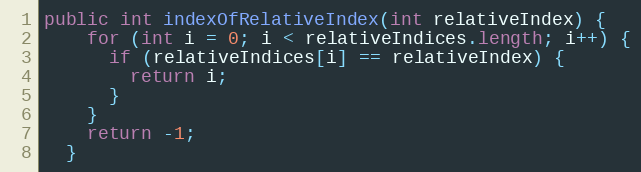
Language: Java
public int indexOfRelativeIndex(int relativeIndex) {
    for (int i = 0; i < relativeIndices.length; i++) {
      if (relativeIndices[i] == relativeIndex) {
        return i;
      }
    }
    return -1;
  }